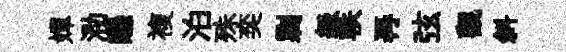
嬋泐戀複泊殊奕剿級軼再弦觀斜